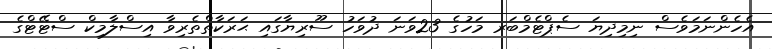
އެހެންނަމަވެސް ނިމިދިޔަ ސެޕްޓެމްބަރ މަހުގެ 23ވަނަ ދުވަހު ސޫރިޔާގައި ޙަރަކާތްތެރިވާ އިސްލާމިކް ސްޓޭޓްގެ